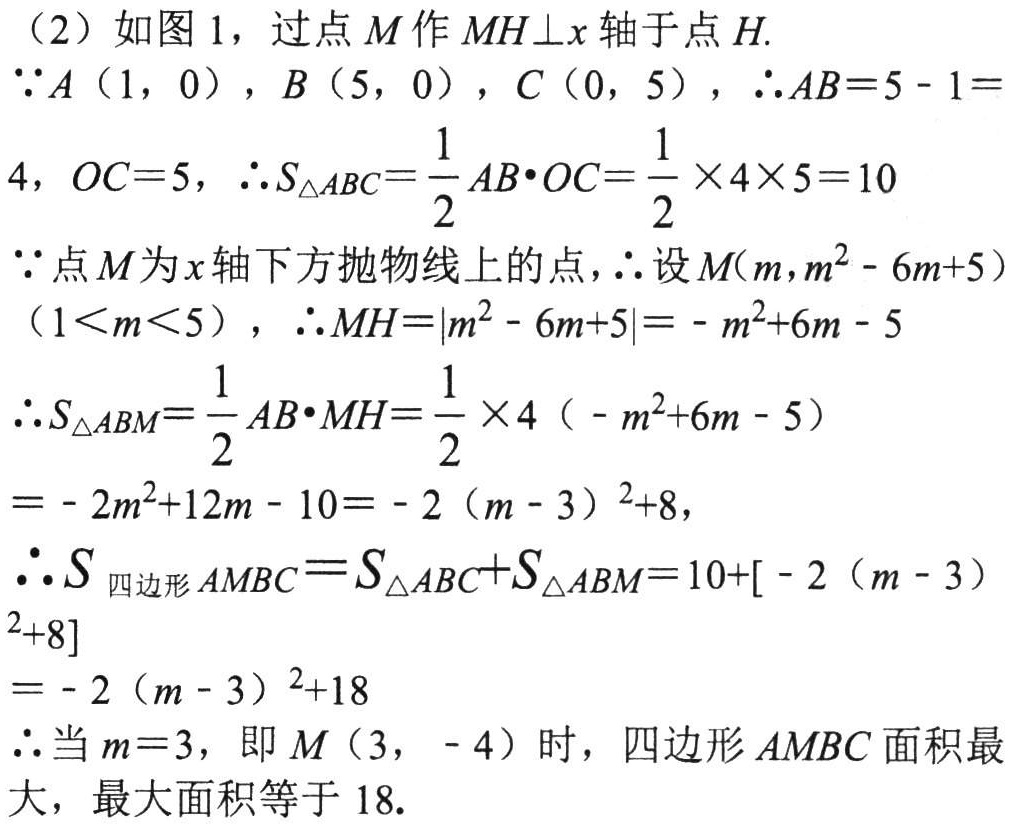
（2）如图1，过点\(M\)作\(MH\perp x\)轴于点\(H\).
\(\because A(1,0)\)，\(B(5,0)\)，\(C(0,5)\)，\(\therefore AB = 5 - 1 = 4\)，\(OC = 5\)，\(\therefore S_{\triangle ABC}=\frac{1}{2}AB\cdot OC=\frac{1}{2}\times4\times5 = 10\)
\(\because\)点\(M\)为\(x\)轴下方抛物线上的点，\(\therefore\)设\(M(m,m^{2}-6m + 5)\)（\(1\lt m\lt5\)），\(\therefore MH=\vert m^{2}-6m + 5\vert=-m^{2}+6m - 5\)
\(\therefore S_{\triangle ABM}=\frac{1}{2}AB\cdot MH=\frac{1}{2}\times4(-m^{2}+6m - 5)\)
\(=-2m^{2}+12m - 10=-2(m - 3)^{2}+8\)，
\(\therefore S_{四边形AMBC}=S_{\triangle ABC}+S_{\triangle ABM}=10+[-2(m - 3)^{2}+8]\)
\(=-2(m - 3)^{2}+18\)
\(\therefore\)当\(m = 3\)，即\(M(3,-4)\)时，四边形\(AMBC\)面积最大，最大面积等于\(18\).